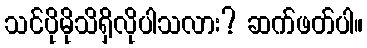
သင်ပိုမိုသိရှိလိုပါသလား? ဆက်ဖတ်ပါ။